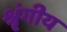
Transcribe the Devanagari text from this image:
श्रृंगीय